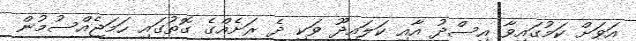
އަވަށް ކަމުގައިވާ އިސްދު އާއި ކަލައިދޫ ވަކި ދެ ރަށެއްގެ ގޮތުގައި ހަމަޖެއްސުމުން